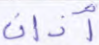
آذان